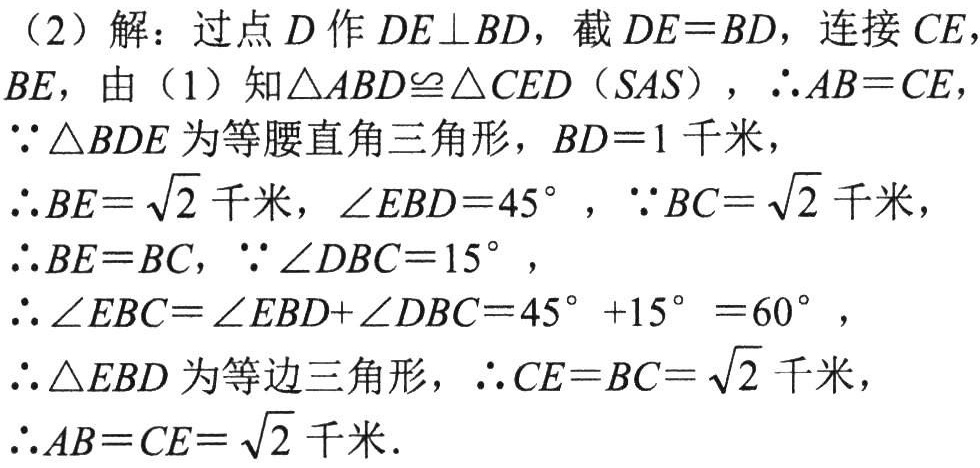
（2）解：过点\(D\)作\(DE\perp BD\)，截\(DE = BD\)，连接\(CE\)，
\(BE\)，由（1）知\(\triangle ABD\cong\triangle CED\)（\(SAS\)），\(\therefore AB = CE\)，
\(\because\triangle BDE\)为等腰直角三角形，\(BD = 1\)千米，
\(\therefore BE=\sqrt{2}\)千米，\(\angle EBD = 45^{\circ}\)，\(\because BC=\sqrt{2}\)千米，
\(\therefore BE = BC\)，\(\because\angle DBC = 15^{\circ}\)，
\(\therefore\angle EBC=\angle EBD+\angle DBC = 45^{\circ}+15^{\circ}=60^{\circ}\)，
\(\therefore\triangle EBD\)为等边三角形，\(\therefore CE = BC=\sqrt{2}\)千米，
\(\therefore AB = CE=\sqrt{2}\)千米.